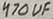
Text: 470uF